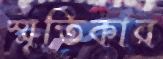
স্মৃতিকার